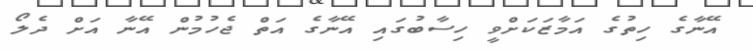
އޭނާގެ ހިތުގެ އަމާޒަކަށްވީ ހިސާބުގައި އޭނާގެ އަތް ޖެހުމުން އޭނާ އަށް ދެލޯ